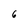
Character: 6